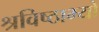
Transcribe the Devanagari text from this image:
श्रविष्ठाभ्यो